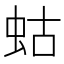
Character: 蛄